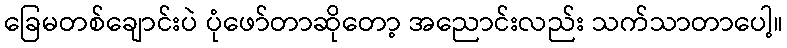
ခြေမတစ်ချောင်းပဲ ပုံဖော်တာဆိုတော့ အညောင်းလည်း သက်သာတာပေါ့။